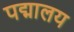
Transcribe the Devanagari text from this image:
पद्मालय